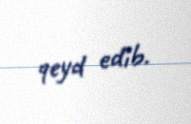
qeyd edib.